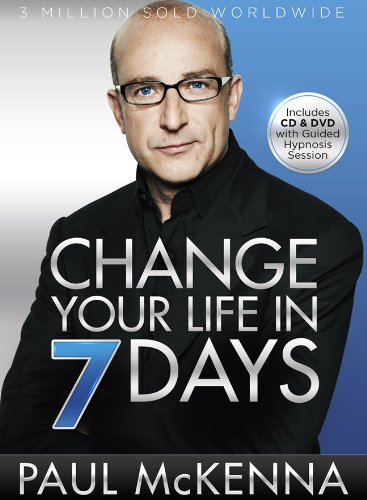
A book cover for Change Your Life in 7 Days (I Can Make You); Paul McKenna; Self-Help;